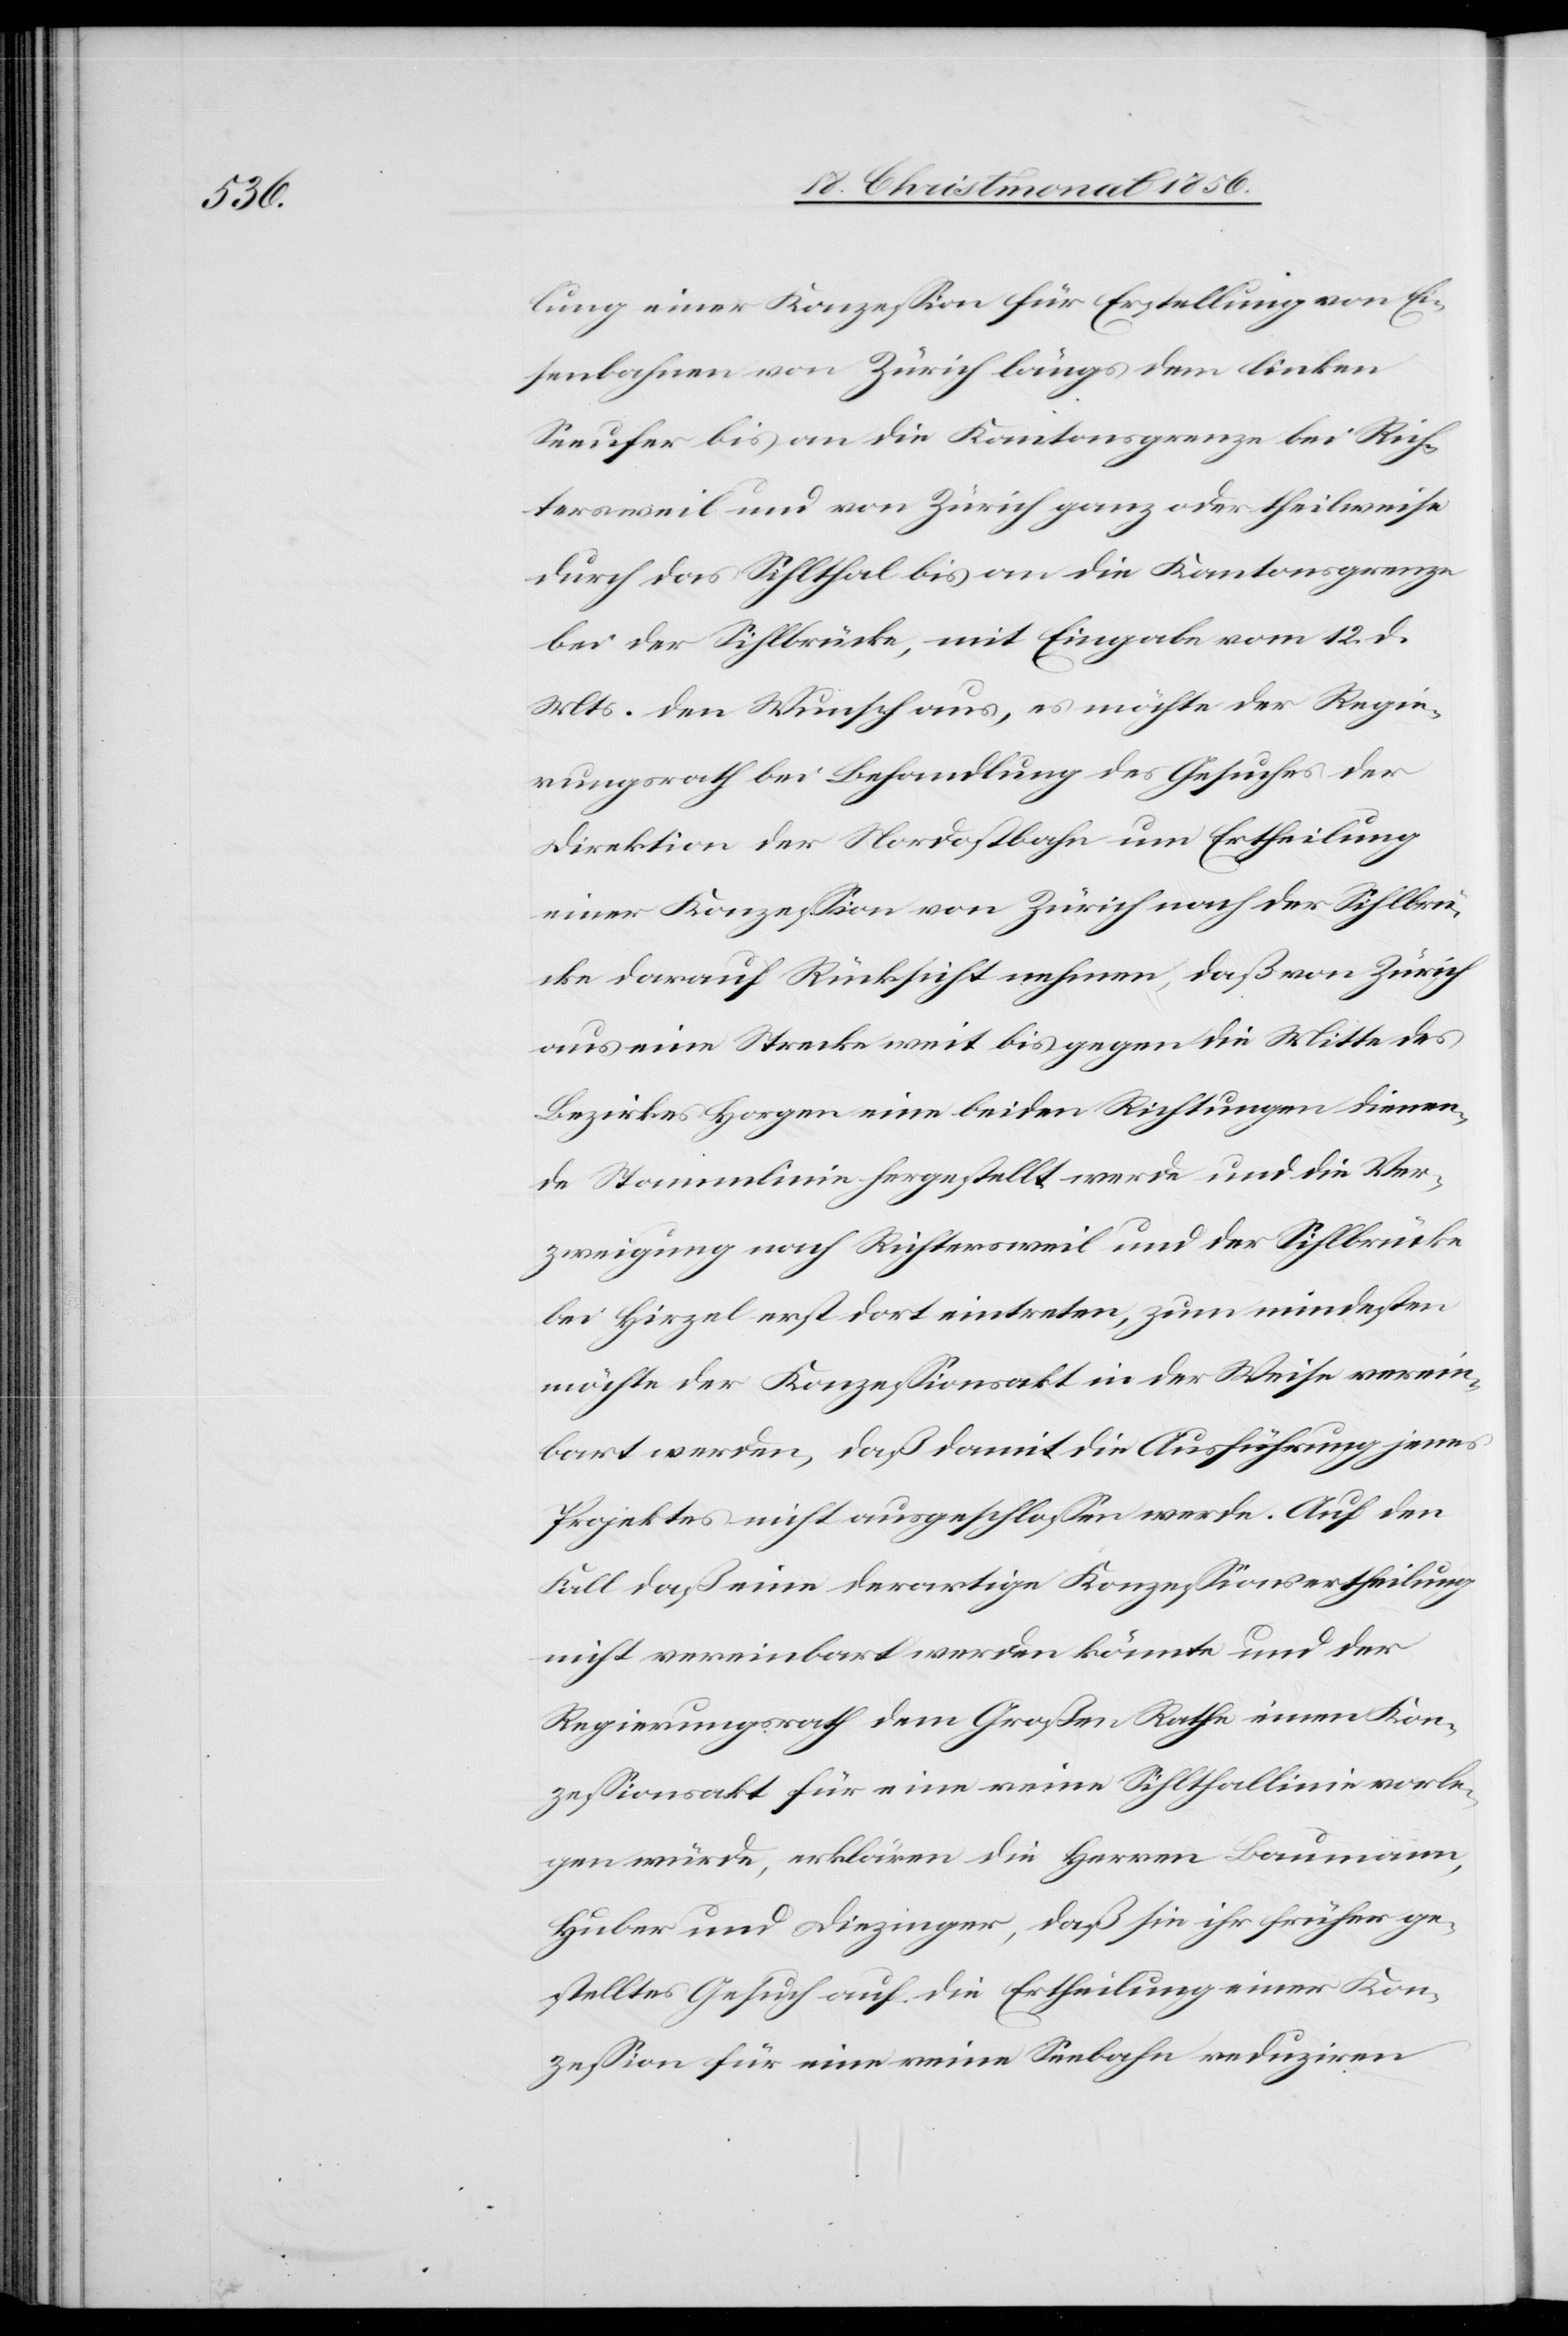
lung einer Konzession für Erstellung von Ei¬
senbahnen von Zürich längs dem linken
Seeufer bis an die Kantonsgrenze bei Rich¬
tersweil und von Zürich ganz oder theilweise
durch das Sihlthal bis an die Kantonsgrenze
bei der Sihlbrücke, mit Eingabe vom 12. d.
Mts. den Wunsch aus, es möchte der Regie¬
rungsrath bei Behandlung des Gesuches der
Direktion der Nordostbahn um Ertheilung
einer Konzession von Zürich nach der Sihlbrü¬
cke darauf Rücksicht nehmen, daß von Zürich
aus eine Strecke weit bis gegen die Mitte des
Bezirkes Horgen eine beiden Richtungen dienen¬
de Stammlinie hergestellt werde und die Ver¬
zweigung nach Richtersweil und der Sihlbrücke
bei Hirzel erst dort eintreten, zum mindesten
möchte der Konzessionsakt in der Weise verein¬
bart werden, daß damit die Ausführung jenes
Projektes nicht ausgeschlossen werde. Auf den
Fall daß eine derartige Konzessionsertheilung
nicht vereinbart werden könnte und der
Regierungsrath dem Großen Rathe einen Kon¬
zessionsakt für eine reine Sihlthallinie vorle¬
gen würde, erklären die Herren Baumann,
Huber und Diezinger, daß sie ihr früher ge¬
stelltes Gesuch auf die Ertheilung einer Kon¬
zession für eine reine Seebahn reduziren